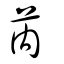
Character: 芮